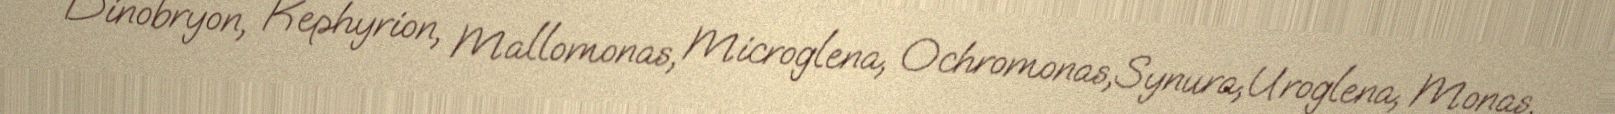
Dinobryon, Kephyrion, Mallomonas, Microglena, Ochromonas,Synura,Uroglena, Monas,